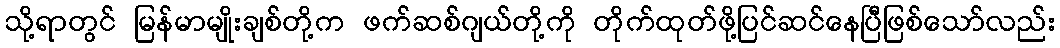
သို့ရာတွင် မြန်မာမျိုးချစ်တို့က ဖက်ဆစ်ဂျယ်တို့ကို တိုက်ထုတ်ဖို့ပြင်ဆင်နေပြီဖြစ်သော်လည်း